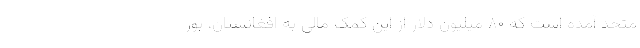
متحد آمده است که ۸۰ میلیون دلار از این کمک مالی به افغانستان، بور